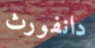
دانفورث